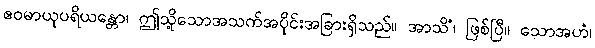
ဧဝမာယုပရိယန္တော၊ ဤသို့သောအသက်အပိုင်းအခြားရှိသည်။ အာသိံ၊ ဖြစ်ပြီ။ သောအဟံ၊